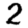
Digit: 2